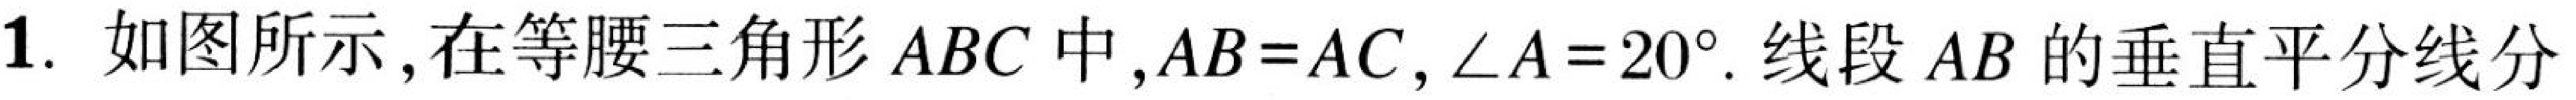
1. 如图所示,在等腰三角形 \(ABC\) 中,\(AB = AC\),\(\angle A = 20^{\circ}\). 线段 \(AB\) 的垂直平分线分